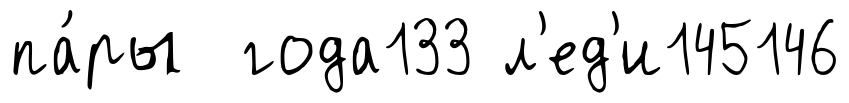
па́ры года133 л'ед'и145146